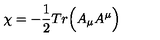
\chi = - { \frac { 1 } { 2 } } T r \Big ( A _ { \mu } A ^ { \mu } \Big )